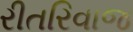
રીતરિવાજ